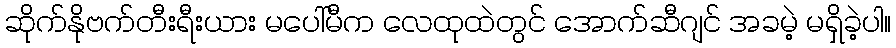
ဆိုက်နိုဗက်တီးရီးယား မပေါ်မီက လေထုထဲတွင် အောက်ဆီဂျင် အခမဲ့ မရှိခဲ့ပါ။